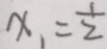
x _ { 1 } = \frac { 1 } { 2 }